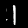
Label: 1